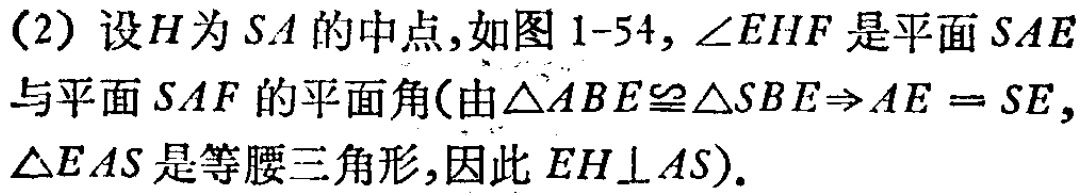
(2) 设\(H\)为\(SA\)的中点，如图 \(1 - 54\)，\(\angle EHF\)是平面 \(SAE\)与平面 \(SAF\)的平面角(由\(\triangle ABE\cong\triangle SBE\Rightarrow AE = SE\)，\(\triangle EAS\)是等腰三角形，因此 \(EH\perp AS\))。